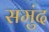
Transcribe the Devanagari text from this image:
समुंद